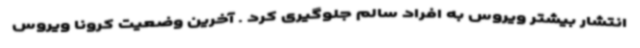
انتشار بیشتر ویروس به افراد سالم جلوگیری کرد . آخرین وضعیت کرونا ویروس